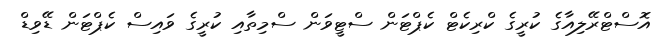
އޮސްޓްރޭލިއާގެ ކުރީގެ ކްރިކެޓް ކެޕްޓަން ސްޓީވަން ސްމިތާއި ކުރީގެ ވައިސް ކެޕްޓަން ޑޭވިޑް